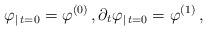
\begin{align*}\varphi_{\vert\,t=0}=\varphi^{(0)}\,,\partial_t\varphi_{\vert\,t=0}=\varphi^{(1)}\,,\end{align*}